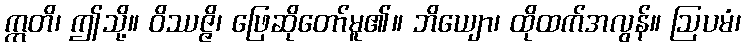
ဣတိ၊ ဤသို့။ ဝိဿဇ္ဇိ၊ ဖြေဆိုတော်မူ၏။ ဘိယျော၊ ထိုထက်အလွန်။ ဩပမံ၊